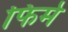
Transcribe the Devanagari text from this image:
फिर्म